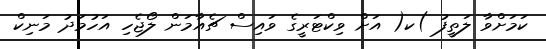
ކަމަށްވާ ލަތީފު )ކ( އަށް ވިކްޓަރީގެ ވައިސް ޗެއާމަން ލޯޖެހި އަހުމަދު މަނިކް